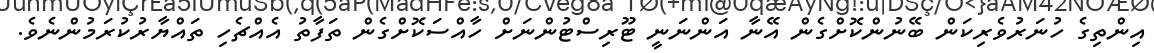
އިންތިގެ ހުނަރުވެރިކަން ބޭނުންކޮށްގެން އޭނާ އަންނަނީ ޓޫރިސްޓުންނަށް ހާއްސަކޮށްގެން ތަފާތު އެއްޗެހި ތައްޔާރުކުރަމުންނެވެ.